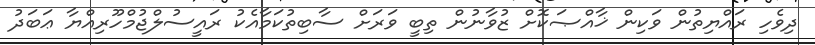
ދިވެހި ރައްޔިތުން ވަކިން ޚާއްޞަކޮށް ޒުވާނުން ތިބީ ވަރަށް ސާބިތުކަމާއެކު ރައީސުލްޖުމްހޫރިއްޔާ ޢަބަދު